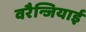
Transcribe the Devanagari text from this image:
वरैन्जियाई